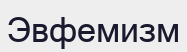
Эвфемизм